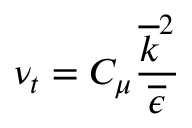
\nu _ { t } = C _ { \mu } \frac { \overline { { k } } ^ { 2 } } { \overline { { \epsilon } } }